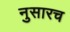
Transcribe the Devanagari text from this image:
नुसारच